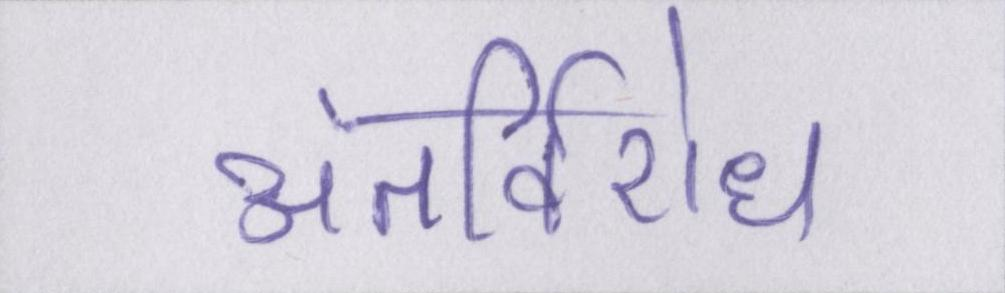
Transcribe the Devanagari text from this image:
अंतर्विरोध